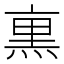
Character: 𭵜